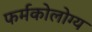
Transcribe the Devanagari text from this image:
फर्मकोलोग्य